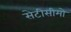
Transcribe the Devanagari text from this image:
सेटीसीमो